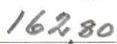
162,80